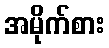
အမိုက်စား